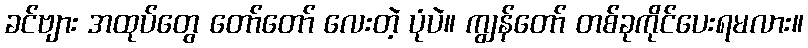
ခင်ဗျား အထုပ်တွေ တော်တော် လေးတဲ့ ပုံပဲ။ ကျွန်တော် တစ်ခုကိုင်ပေးရမလား။